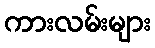
ကားလမ်းများ